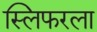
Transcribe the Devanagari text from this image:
स्लिफरला